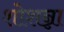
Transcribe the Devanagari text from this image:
शोशन्ना